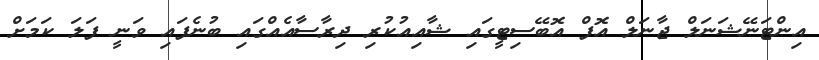
އިންޓަނޭޝަނަލް ޖާނަލް އޮފް އޮބޭސިޓީގައި ޝާއިއުކުރި ދިރާސާއެއްގައި ބުނެފައި ވަނީ ފަލަ ކަމަށް